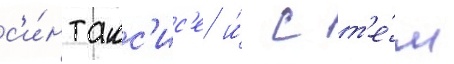
с'и́нтакс'ис'е и́ с т'е́м